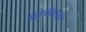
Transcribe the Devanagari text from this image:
चतुर्थकस्तंभ